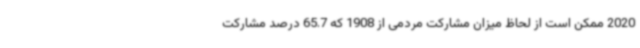
2020 ممکن است از لحاظ میزان مشارکت مردمی از 1908 که 65.7 درصد مشارکت